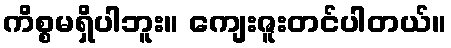
ကိစ္စမရှိပါဘူး။ ကျေးဇူးတင်ပါတယ်။